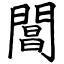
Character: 閶